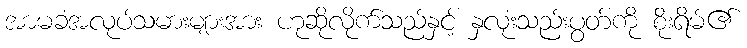
အာမခံအလုပ်သမားများအား ဟုဆိုလိုက်သည်နှင့် နှလုံးသည်းပွတ်ကို စိုးရိမ်၏